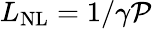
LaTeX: L_{\mathrm{NL}}=1/\gamma\mathcal{P}